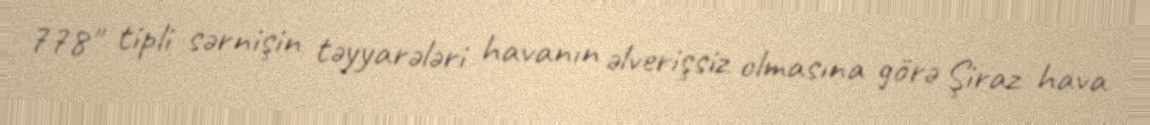
778" tipli sərnişin təyyarələri havanın əlverişsiz olmasına görə Şiraz hava